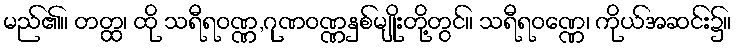
မည်၏။ တတ္ထ၊ ထို သရီရဝဏ္ဏ,ဂုဏဝဏ္ဏနှစ်မျိုးတို့တွင်။ သရီရဝဏ္ဏေ၊ ကိုယ်အဆင်း၌။